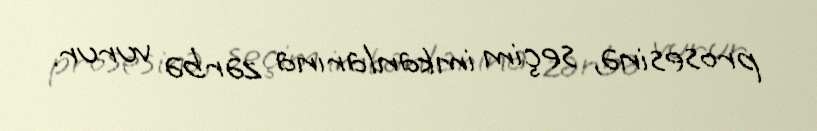
prosesinə, seçim imkanlarına zərbə vurur.